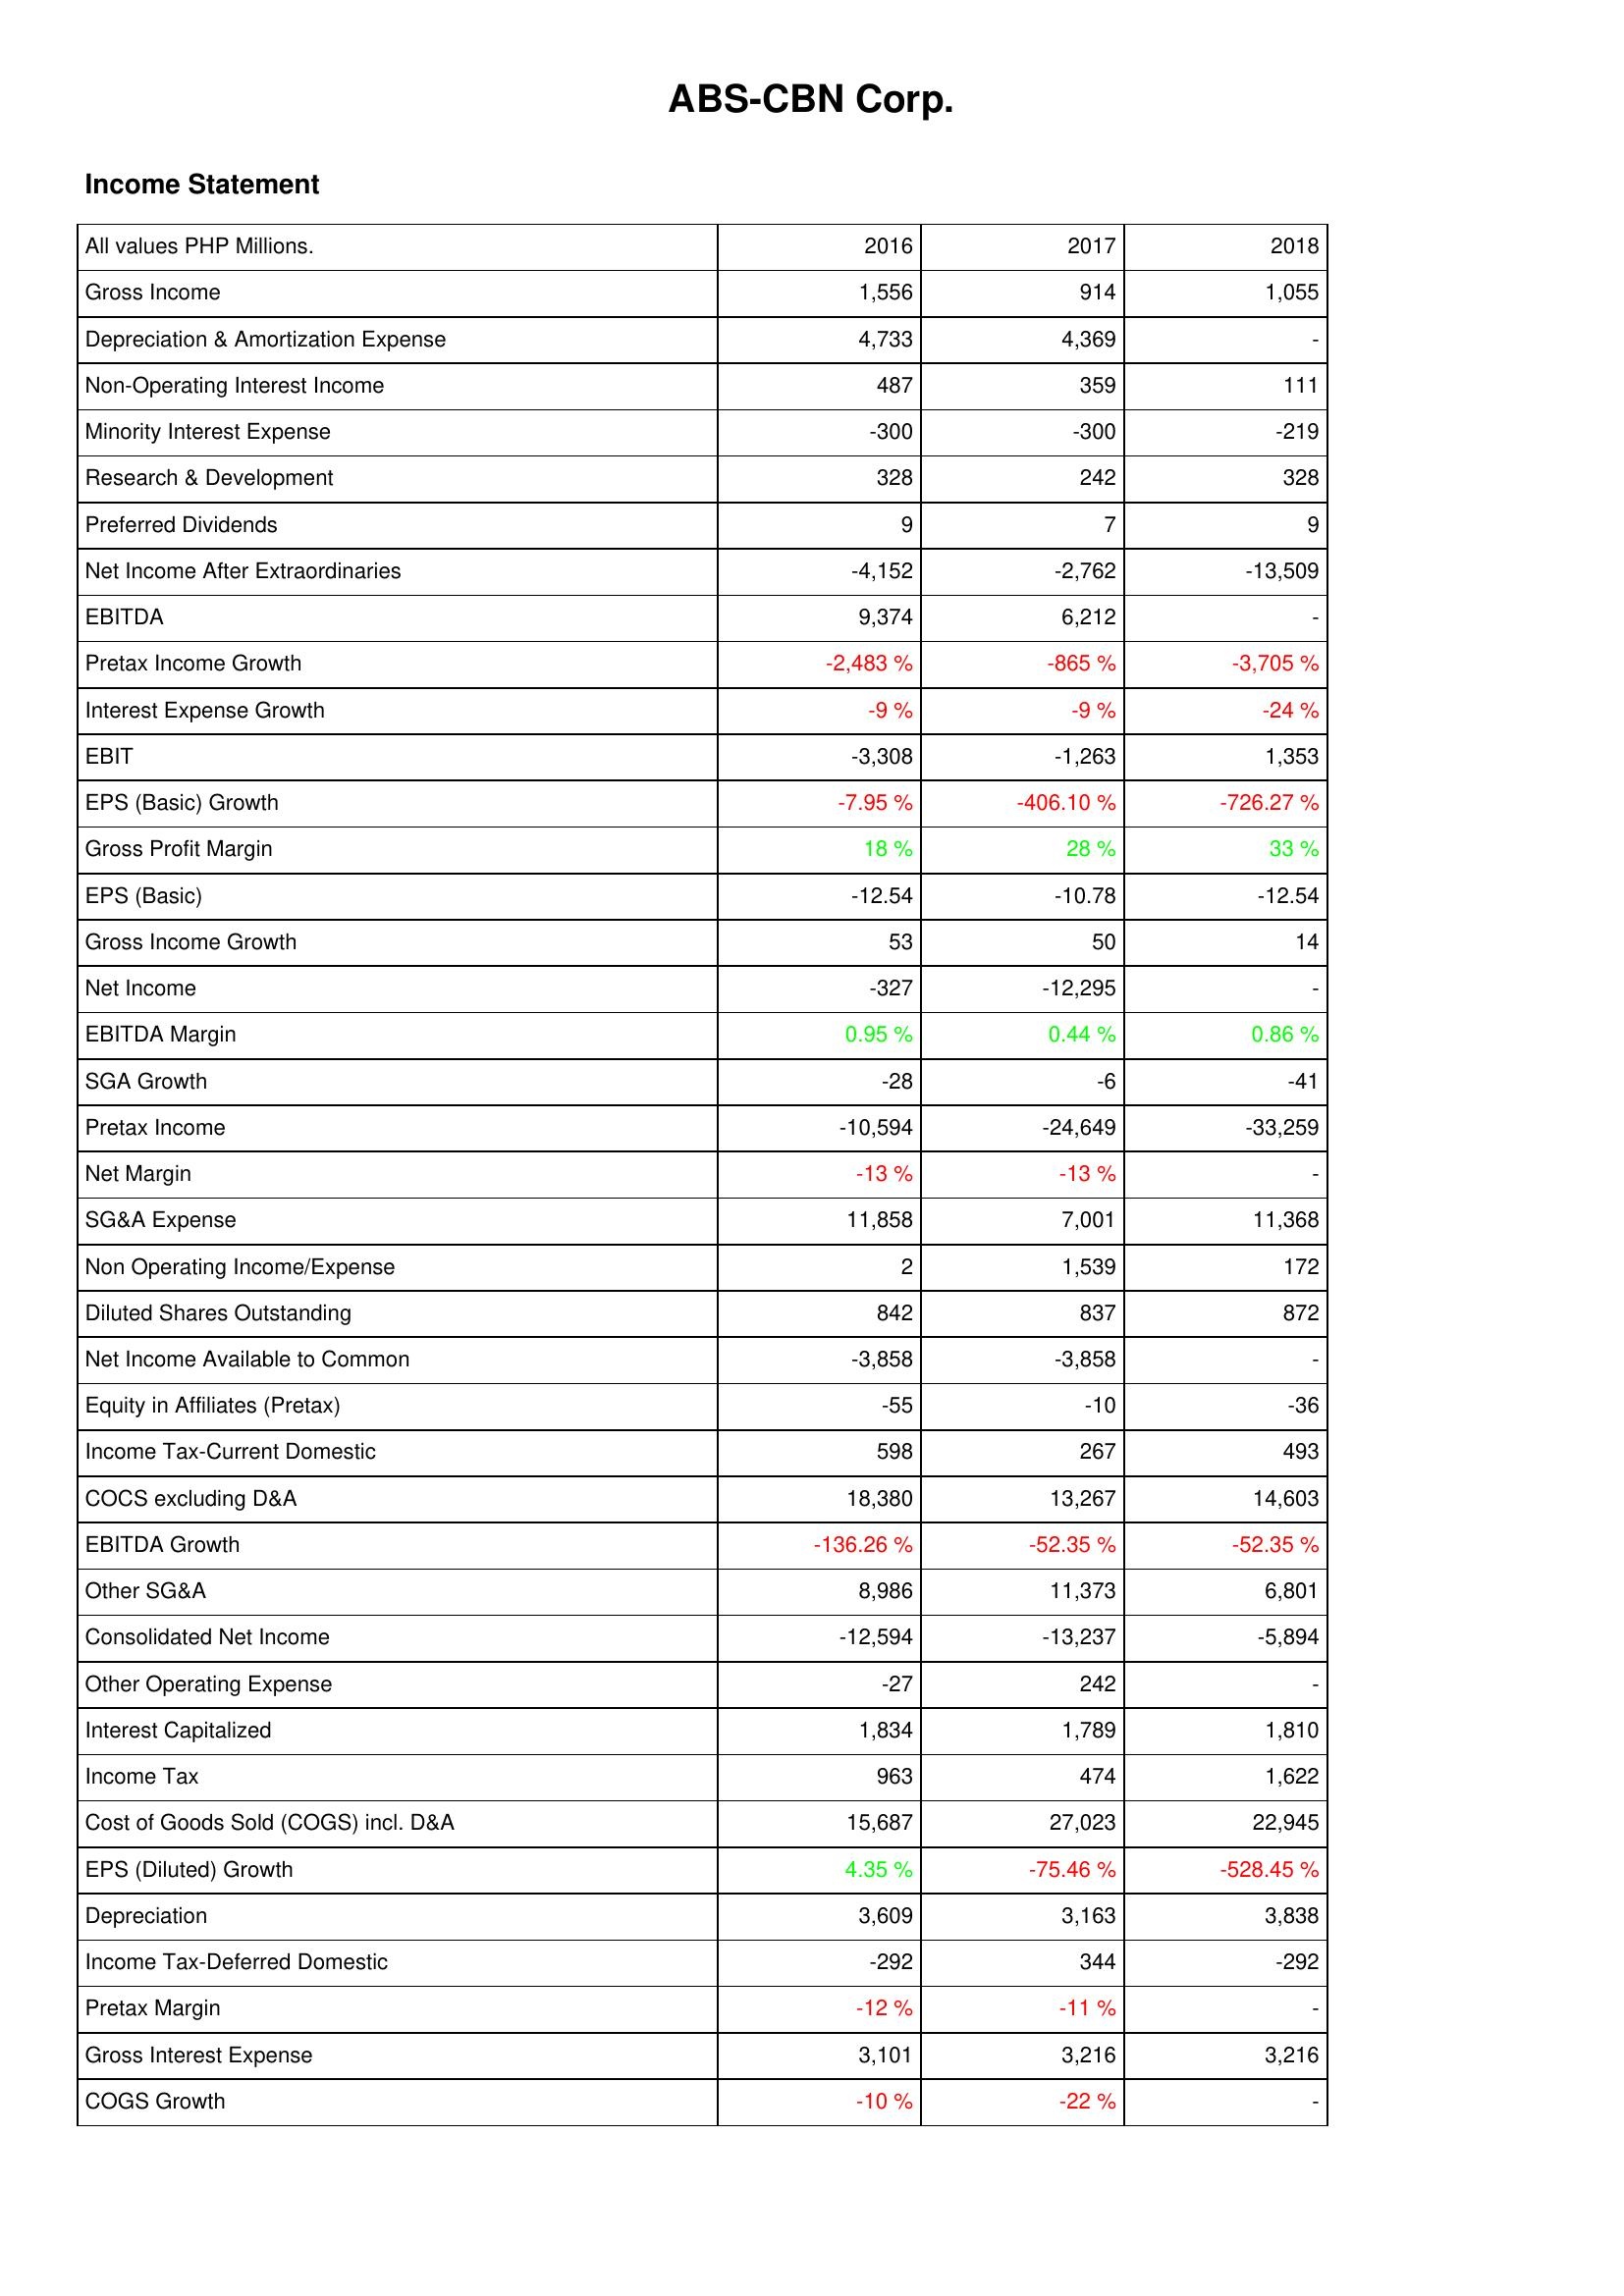
2016: Income Statement: Gross Income: 1,556
Depreciation & Amortization Expense: 4,733
Non-Operating Interest Income: 487
Minority Interest Expense: -300
Research & Development: 328
Preferred Dividends: 9
Net Income After Extraordinaries: -4,152
EBITDA: 9,374
Pretax Income Growth: -2,483 %
Interest Expense Growth: -9 %
EBIT: -3,308
EPS (Basic) Growth: -7.95 %
Gross Profit Margin: 18 %
EPS (Basic): -12.54
Gross Income Growth: 53
Net Income: -327
EBITDA Margin: 0.95 %
SGA Growth: -28
Pretax Income: -10,594
Net Margin: -13 %
SG&A Expense: 11,858
Non Operating Income/Expense: 2
Diluted Shares Outstanding: 842
Net Income Available to Common: -3,858
Equity in Affiliates (Pretax): -55
Income Tax-Current Domestic: 598
COCS excluding D&A: 18,380
EBITDA Growth: -136.26 %
Other SG&A: 8,986
Consolidated Net Income: -12,594
Other Operating Expense: -27
Interest Capitalized: 1,834
Income Tax: 963
Cost of Goods Sold (COGS) incl. D&A: 15,687
EPS (Diluted) Growth: 4.35 %
Depreciation: 3,609
Income Tax-Deferred Domestic: -292
Pretax Margin: -12 %
Gross Interest Expense: 3,101
COGS Growth: -10 %
2017: Income Statement: Gross Income: 914
Depreciation & Amortization Expense: 4,369
Non-Operating Interest Income: 359
Minority Interest Expense: -300
Research & Development: 242
Preferred Dividends: 7
Net Income After Extraordinaries: -2,762
EBITDA: 6,212
Pretax Income Growth: -865 %
Interest Expense Growth: -9 %
EBIT: -1,263
EPS (Basic) Growth: -406.10 %
Gross Profit Margin: 28 %
EPS (Basic): -10.78
Gross Income Growth: 50
Net Income: -12,295
EBITDA Margin: 0.44 %
SGA Growth: -6
Pretax Income: -24,649
Net Margin: -13 %
SG&A Expense: 7,001
Non Operating Income/Expense: 1,539
Diluted Shares Outstanding: 837
Net Income Available to Common: -3,858
Equity in Affiliates (Pretax): -10
Income Tax-Current Domestic: 267
COCS excluding D&A: 13,267
EBITDA Growth: -52.35 %
Other SG&A: 11,373
Consolidated Net Income: -13,237
Other Operating Expense: 242
Interest Capitalized: 1,789
Income Tax: 474
Cost of Goods Sold (COGS) incl. D&A: 27,023
EPS (Diluted) Growth: -75.46 %
Depreciation: 3,163
Income Tax-Deferred Domestic: 344
Pretax Margin: -11 %
Gross Interest Expense: 3,216
COGS Growth: -22 %
2018: Income Statement: Gross Income: 1,055
Depreciation & Amortization Expense: -
Non-Operating Interest Income: 111
Minority Interest Expense: -219
Research & Development: 328
Preferred Dividends: 9
Net Income After Extraordinaries: -13,509
EBITDA: -
Pretax Income Growth: -3,705 %
Interest Expense Growth: -24 %
EBIT: 1,353
EPS (Basic) Growth: -726.27 %
Gross Profit Margin: 33 %
EPS (Basic): -12.54
Gross Income Growth: 14
Net Income: -
EBITDA Margin: 0.86 %
SGA Growth: -41
Pretax Income: -33,259
Net Margin: -
SG&A Expense: 11,368
Non Operating Income/Expense: 172
Diluted Shares Outstanding: 872
Net Income Available to Common: -
Equity in Affiliates (Pretax): -36
Income Tax-Current Domestic: 493
COCS excluding D&A: 14,603
EBITDA Growth: -52.35 %
Other SG&A: 6,801
Consolidated Net Income: -5,894
Other Operating Expense: -
Interest Capitalized: 1,810
Income Tax: 1,622
Cost of Goods Sold (COGS) incl. D&A: 22,945
EPS (Diluted) Growth: -528.45 %
Depreciation: 3,838
Income Tax-Deferred Domestic: -292
Pretax Margin: -
Gross Interest Expense: 3,216
COGS Growth: -